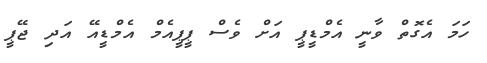
ހަމަ އެގޮތް ވާނީ އެމްޑީޕީ އަށް ވެސް ޕީޕީއެމް އެމްޑީއޭ އަދި ޖޭޕީ